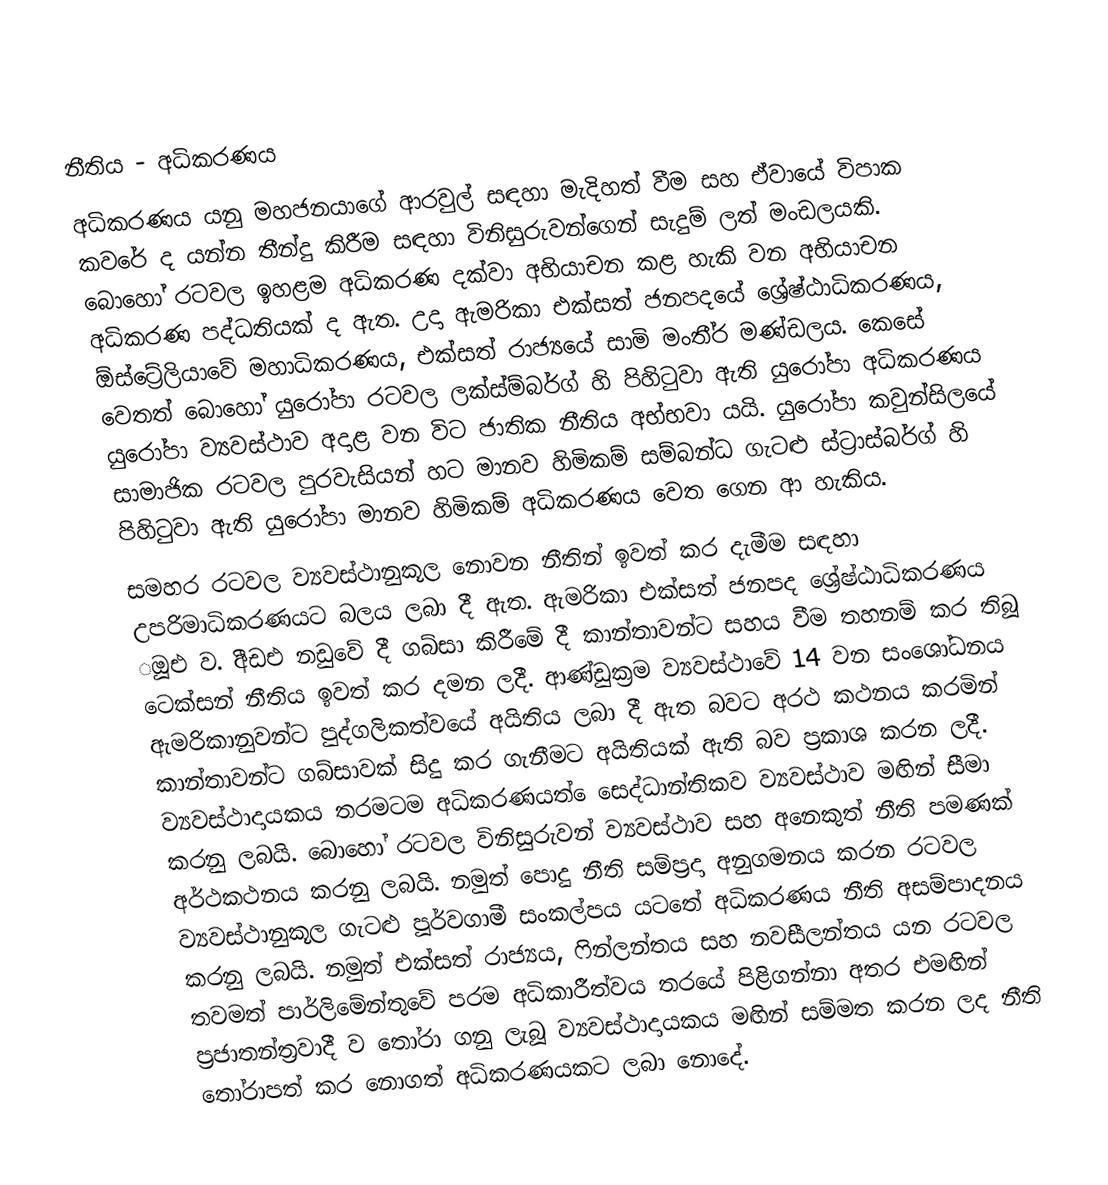
නීතිය - අධිකරණය
අධිකරණය යනු මහජනයාගේ ආරවුල් සඳහා මැදිහත් වීම සහ ඒවායේ විපාක කවරේ ද යන්න තීන්දු කිරීම සඳහා විනිසුරුවන්ගෙන් සැදුම් ලත් මංඩලයකි. බොහෝ රටවල ඉහළම අධිකරණ දක්වා අභියාචන කළ හැකි වන අභියාචන අධිකරණ පද්ධතියක් ද ඇත. උදා ඇමරිකා එක්සත් ජනපදයේ ශ්‍රේෂ්ඨාධිකරණය, ඕස්ට්‍රේලියාවේ මහාධිකරණය, එක්සත් රාජ්‍යයේ සාමි මංතී්‍ර මණ්ඩලය. කෙසේ වෙතත් බොහෝ යුරෝපා රටවල ලක්ස්ම්බර්ග් හි පිහිටුවා ඇති යුරෝපා අධිකරණය යුරෝපා ව්‍යවස්ථාව අදාළ වන විට ජාතික නීතිය අභ්භවා යයි.  යුරෝපා කවුන්සිලයේ සාමාජික රටවල පුරවැසියන් හට මානව හිමිකම් සම්බන්ධ ගැටළු ස්ට්‍රාස්බර්ග් හි පිහිටුවා ඇති යුරෝපා මානව හිමිකම් අධිකරණය වෙත ගෙන ආ හැකිය.
සමහර රටවල ව්‍යවස්ථානුකූල නොවන නීතින් ඉවත් කර දැමීම සඳහා උපරිමාධිකරණයට බලය ලබා දී ඇත. ඇමරිකා එක්සත් ජනපද ශ්‍රේෂ්ඨාධිකරණය ූඔඑ ව. ීඅඩඑ නඩුවේ දී ගබ්සා කිරීමේ දී කාන්තාවන්ට සහය වීම තහනම් කර තිබූ ටෙක්සන් නීතිය ඉවත් කර දමන ලදී. ආණ්ඩුක්‍රම ව්‍යවස්ථාවේ 14 වන සංශෝධනය ඇමරිකානුවන්ට පුද්ගලිකත්වයේ අයිතිය ලබා දී ඇත බවට අරථ කථනය කරමින් කාන්තාවන්ට ගබ්සාවක් සිදු කර ගැනීමට අයිතියක් ඇති බව ප්‍රකාශ කරන ලදී. ව්‍යවස්ථාදායකය තරමටම අධිකරණයත් ෙසෙද්ධාන්තිකව ව්‍යවස්ථාව මඟින් සීමා කරනු ලබයි. බොහෝ රටවල විනිසුරුවන් ව්‍යවස්ථාව සහ අනෙකුත් නීති පමණක් අර්ථකථනය කරනු ලබයි. නමුත් පොදු නීති සම්ප්‍රදා අනුගමනය කරන රටවල ව්‍යවස්ථානුකූල ගැටළු පූර්වගාමී සංකල්පය යටතේ අධිකරණය නීති අසම්පාදනය කරනු ලබයි. නමුත් එක්සත් රාජ්‍යය, ෆින්ලන්තය සහ නවසීලන්තය යන රටවල තවමත් පාර්ලිමේන්තුවේ පරම අධිකාරීත්වය තරයේ පිළිගන්නා අතර එමඟින් ප්‍රජාතන්ත්‍රවාදී ව තෝරා ගනු ලැබූ ව්‍යවස්ථාදායකය මඟින් සම්මත කරන ලද නීති තෝරාපත් කර නොගත් අධිකරණයකට ලබා නොදේ.